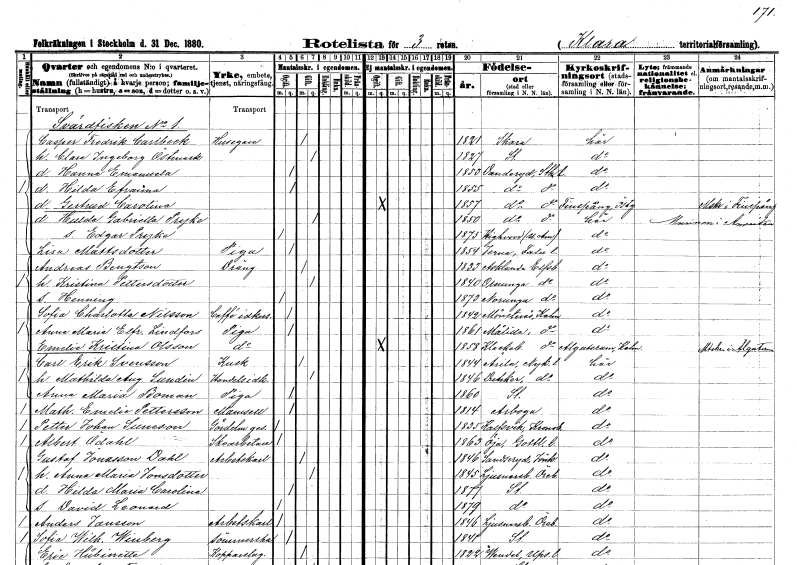
gt_parse: households: individuals: FN: Casper Fredrik
EN: Carlbeck
YRKE: Husägare
KON: M
CIV: G
FODAR: 1821
FODFORS: Skara Skaraborgs län
FN: Clara Ingeborg
EN: Östmark
KON: K
CIV: G
FODAR: 1827
FODFORS: Stockholm
FN: Hanna Emanuela
KON: K
CIV: O
FODAR: 1853
FODFORS: Danderyd Stockholms län
FN: Hilda Efraima
KON: K
CIV: O
FODAR: 1855
FODFORS: Danderyd Stockholms län
FN: Gertrud Carolina
KON: K
CIV: O
FODAR: 1857
FODFORS: Danderyd Stockholms län
FN: Hulda Gabriella
EN: Pryke
KON: K
CIV: G
FODAR: 1850
FODFORS: Danderyd Stockholms län
FN: Edgar
EN: Pryke
KON: M
CIV: O
FODAR: 1875
FN: Lisa
EN: Mattsdotter
YRKE: Piga
KON: K
CIV: O
FODAR: 1854
FODFORS: Järna Kopparbergs län
FN: Andreas
EN: Bengtson
YRKE: Dräng
KON: M
CIV: G
FODAR: 1833
FODFORS: Asklanda Älvsborgs län
FN: Kristina
EN: Pettersdotter
KON: K
CIV: G
FODAR: 1840
FODFORS: Ornunga Älvsborgs län
FN: Henning
KON: M
CIV: O
FODAR: 1873
FODFORS: Norunga Älvsborgs län
FN: Sofia Charlotta
EN: Nilsson
YRKE: Caféidkerska
KON: K
CIV: O
FODAR: 1842
FODFORS: Mönsterås Kalmar län
FN: Anna Maria Elfrid
EN: Lindfors
YRKE: Piga
KON: K
CIV: O
FODAR: 1861
FODFORS: Målilla med Gårdveda Kalmar län
FN: Emelie Kristina
EN: Olsson
YRKE: Piga
KON: K
CIV: O
FODAR: 1858
FODFORS: Kläckeberga Kalmar län
FN: Carl Erik
EN: Svensson
YRKE: Kusk
KON: M
CIV: G
FODAR: 1844
FODFORS: Ärla Södermanlands län
FN: Mathilda Augusta
EN: Sundin
YRKE: Handelsidkare
KON: K
CIV: G
FODAR: 1846
FODFORS: Dunker Södermanlands län
FN: Anna Maria
EN: Boman
YRKE: Piga
KON: K
CIV: O
FODAR: 1860
FODFORS: Stockholm
FN: Mathilda Emelie
EN: Pettersson
KON: K
CIV: O
FODAR: 1814
FODFORS: Arboga Västmanlands län
FN: Petter Johan
EN: Suneson
YRKE: Gördelmakaregesäll
KON: M
CIV: O
FODAR: 1835
FODFORS: Kalvsvik Kronobergs län
FN: Albert
EN: Ådahl
YRKE: Skoarbetare
KON: M
CIV: O
FODAR: 1863
FODFORS: Öja Gotlands län
FN: Gustaf
EN: Jonasson Dahl
YRKE: Arbetskarl
KON: M
CIV: G
FODAR: 1846
FODFORS: Sandseryd Jönköpings län
FN: Anna Maria
EN: Jonsdotter
KON: K
CIV: G
FODAR: 1845
FODFORS: Ljusnarsberg Örebro län
FN: Hilda Maria Carolina
KON: K
CIV: O
FODAR: 1877
FODFORS: Stockholm
FN: David Leonard
KON: M
CIV: O
FODAR: 1879
FODFORS: Stockholm
FN: Anders
EN: Jansson
YRKE: Arbetskarl
KON: M
CIV: O
FODAR: 1846
FODFORS: Ljusnarsberg Örebro län
FN: Sofia Wilhelmina
EN: Winberg
YRKE: Sömmerska
KON: K
CIV: O
FODAR: 1841
FODFORS: Stockholm
FN: Eric
EN: Hübinette
YRKE: Kopparslagare
KON: M
CIV: G
FODAR: 1822
FODFORS: Vendel Uppsala län